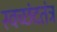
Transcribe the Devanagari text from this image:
स्वच्छंदतंत्र